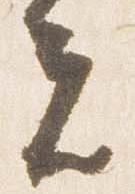
夫